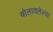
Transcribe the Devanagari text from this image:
बोलावलेल्या